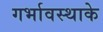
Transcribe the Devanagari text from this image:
गर्भावस्थाके